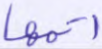
أتمها